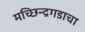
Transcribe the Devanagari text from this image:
मच्छिन्द्रगडाचा